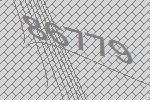
86779